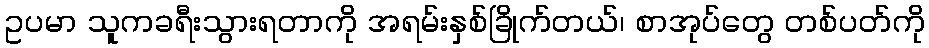
ဥပမာ သူကခရီးသွားရတာကို အရမ်းနှစ်ခြိုက်တယ်၊ စာအုပ်တွေ တစ်ပတ်ကို